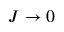
J \rightarrow 0